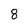
Character: 8